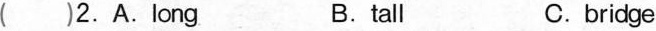
( )2.A.long B.tall C. bridge